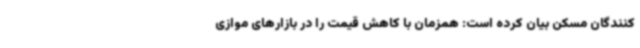
کنندگان مسکن بیان کرده است: همزمان با کاهش قیمت را در بازارهای موازی